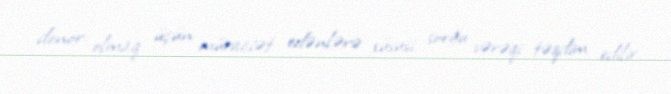
donor olmaq üçün müraciət edənlərə xüsusi sorğu vərəqi təqdim edilir.